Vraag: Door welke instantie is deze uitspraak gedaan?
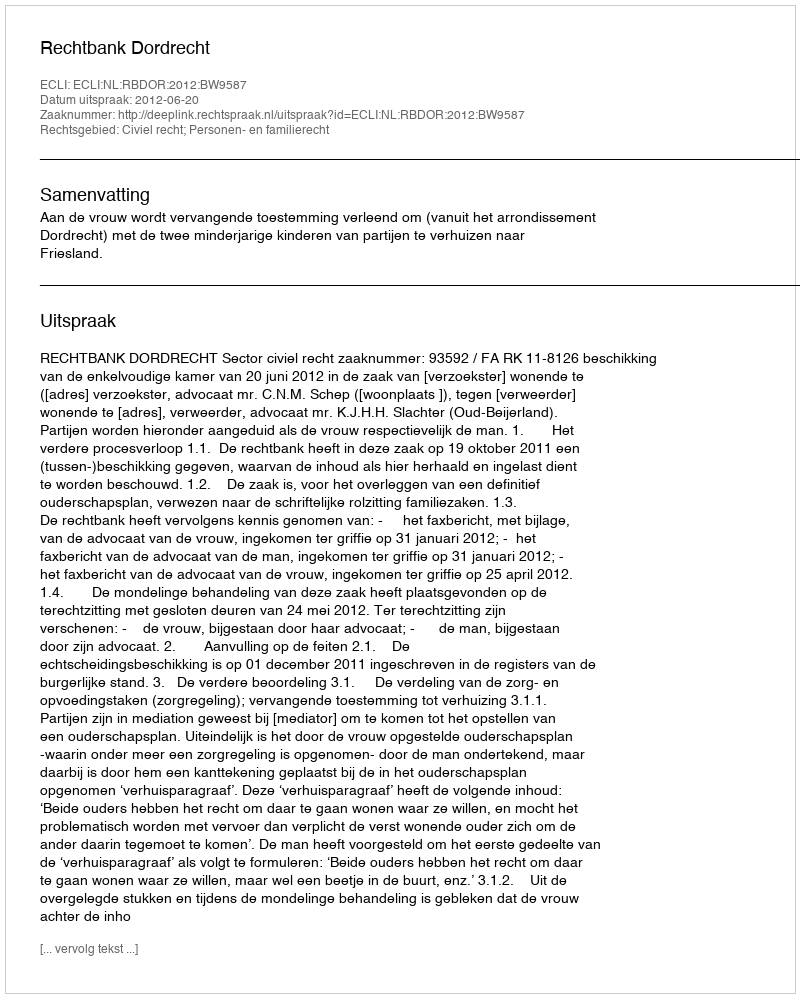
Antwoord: Rechtbank Dordrecht